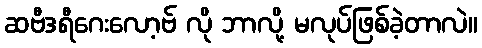
ဆဗီဒရီဂေးလော့ဗ် လို ဘာလို့ မလုပ်ဖြစ်ခဲ့တာလဲ။